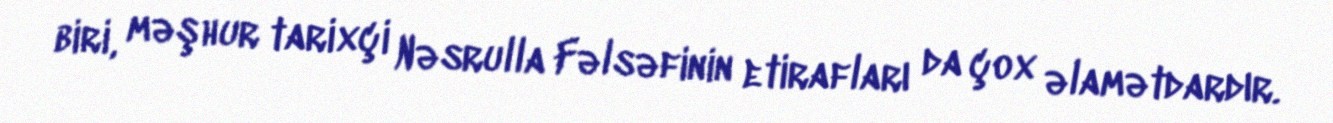
biri, məşhur tarixçi Nəsrulla Fəlsəfinin etirafları da çox əlamətdardır.